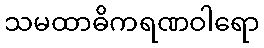
သမထာဓိကရဏဝါရော